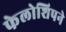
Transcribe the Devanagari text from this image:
फेलोशिपने